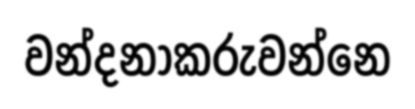
වන්දනාකරුවන්නෙ